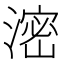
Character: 滵